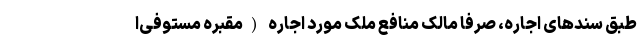
طبق سند‌های اجاره، صرفا مالک منافع ملک مورد اجاره (مقبره مستوفی‌ا